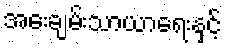
အေးချမ်းသာယာရေးနှင့်